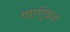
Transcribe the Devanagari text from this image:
णाऍवळ